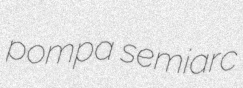
pompa semiarc